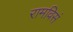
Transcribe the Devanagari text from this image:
रामविसं